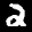
Label: 2